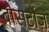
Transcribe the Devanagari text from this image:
बोसटोंज़